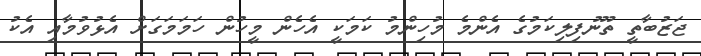
ޖަޒުބާތީ ތޫނުފިލިކަމުގެ އެންމެ މުހިންމު ކަމަކީ އެހެން މީހުން ހަމަމަގަށް އެޅުވުމާއި އެކު